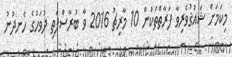
މިކަމަށް ޝައުޤުވެރިވާ ފަރާތްތަކުން 10 މާރިޗު 2016 ވާ ބުރާސްފަތި ދުވަހުގެ ހެނދުނު